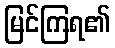
မြင်ကြရ၏